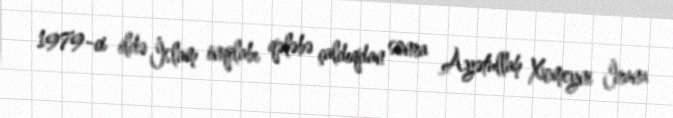
1979-ci ildə İslam inqilabı qələbə çaldıqdan sonra Ayətullah Xomeyni İrana